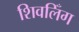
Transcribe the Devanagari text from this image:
शिवलिँग